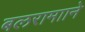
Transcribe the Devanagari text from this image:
बलरामााने